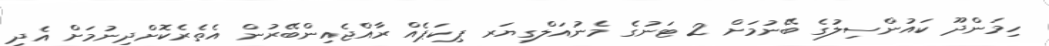
ހިމަންދޫ ކައުންސިލުގެ ބޭނުމަށް 2 ޓަނުގެ މެނުއަލްގިޔަރ ޕިކަޕެއް ރާއްޖެއިންބޭރުން އެތެރެކޮށްދިނުމަށް އެދި